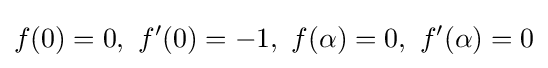
f(0)=0,\ f'(0)=-1,\ f(\alpha )=0,\ f'(\alpha )=0